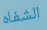
الشفاه